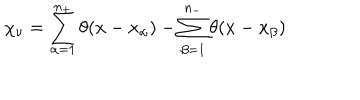
LaTeX: \chi _ { \nu } = \sum _ { \alpha = 1 } ^ { n _ { + } } \theta ( x - x _ { \alpha } ) - \sum _ { \beta = 1 } ^ { n _ { - } } \theta ( x - x _ { \beta } )